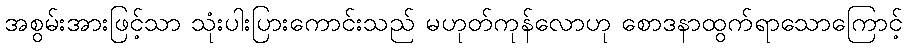
အစွမ်းအားဖြင့်သာ သုံးပါးပြားကောင်းသည် မဟုတ်ကုန်လောဟု စောဒနာထွက်ရာသောကြောင့်